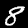
Digit: 8